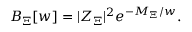
{ \cal B } _ { \Xi } [ w ] = | Z _ { \Xi } | ^ { 2 } e ^ { - M _ { \Xi } / w } .